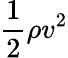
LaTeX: {\frac{1}{2}}\rho v^{2}